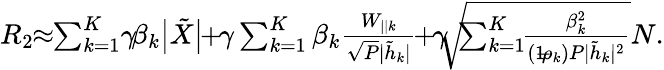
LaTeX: \begin{array}{r}{{{{R}}_{2}}\! \! \approx\! \! \sum_{k=1}^{K}\! \gamma\! \beta_{k}\big|{{\tilde{X}}}\big|\! \! +\! \! \gamma\sum_{k=1}^{K}\beta_{k}\frac{{{{W}_{||k}}}}{\sqrt{P}{|\tilde{h}_{k}|}}\! \! +\! \! \gamma\! \! \sqrt{\! \! \sum_{k=1}^{K}\! \! \frac{\beta_{k}^{2}}{(1\! \! -\! \! \rho_{k})P|\tilde{h}_{k}|^{2}}}{N}.}\end{array}